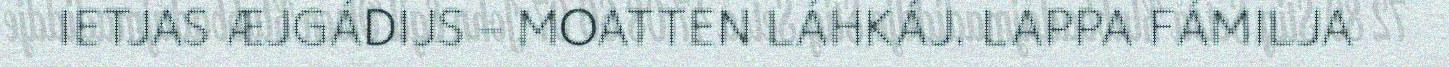
IETJAS ÆJGÁDIJS – MOATTEN LÁHKÁJ. LAPPA FÁMILJA